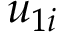
u _ { 1 i }